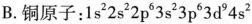
B.铜原子：1s^{2} 2s^{2} 2p^{6} 3s^{2} 3p^{6} 3d^{9} 4s^{2}